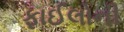
ફાઈલોની